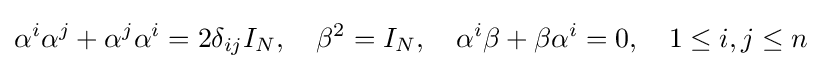
\alpha ^{i}\alpha ^{j}+\alpha ^{j}\alpha ^{i}=2\delta _{ij}I_{N},\quad \beta ^{2}=I_{N},\quad \alpha ^{i}\beta +\beta \alpha ^{i}=0,\quad 1\leq i,j\leq n